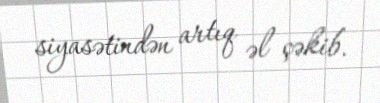
siyasətindən artıq əl çəkib.